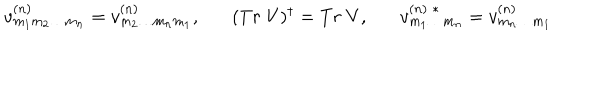
LaTeX: v _ { m _ { 1 } m _ { 2 } \ldots m _ { n } } ^ { ( n ) } = v _ { m _ { 2 } \ldots m _ { n } m _ { 1 } } ^ { ( n ) } , ( T r \; V ) ^ { \dagger } = T r \; V , v _ { m _ { 1 } \ldots m _ { n } } ^ { ( n ) \; * } = v _ { m _ { n } \ldots m _ { 1 } } ^ { ( n ) }